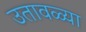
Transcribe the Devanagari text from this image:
उतावळ्या